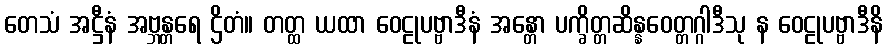
တေသံ အဋ္ဌီနံ အဗ္ဘန္တရေ ဌိတံ။ တတ္ထ ယထာ ဝေဠုပဗ္ဗာဒီနံ အန္တော ပက္ခိတ္တဆိန္နဝေတ္တဂ္ဂါဒီသု န ဝေဠုပဗ္ဗာဒီနိ